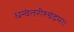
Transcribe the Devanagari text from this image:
धन्वंतरीश्चंद्रमा।